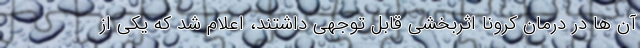
آن ها در درمان کرونا اثربخشی قابل توجهی داشتند، اعلام شد که یکی از